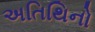
અતિથિનો